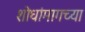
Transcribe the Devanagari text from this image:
शोधांमागच्या